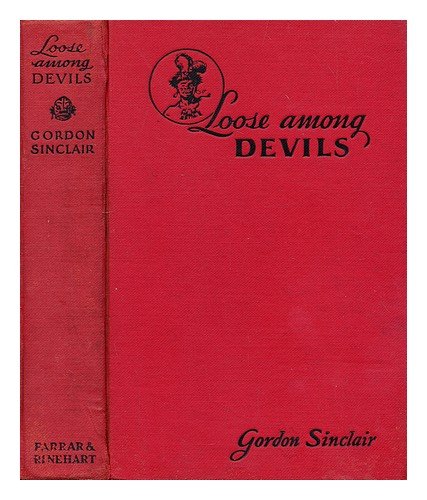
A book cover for Loose Among Devils; Gordon Sinclair; Travel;